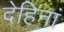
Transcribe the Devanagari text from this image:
देहिनां